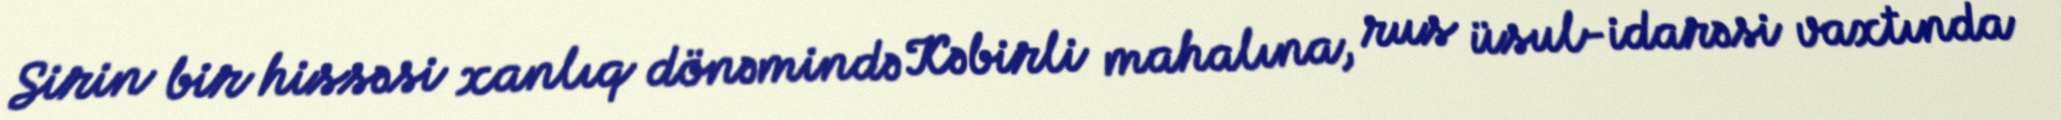
Sirin bir hissəsi xanlıq dönəmində Kəbirli mahalına, rus üsul-idarəsi vaxtında